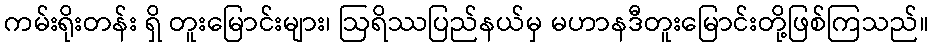
ကမ်းရိုးတန်း ရှိ တူးမြောင်းများ၊ ဩရိဿပြည်နယ်မှ မဟာနဒီတူးမြောင်းတို့ဖြစ်ကြသည်။